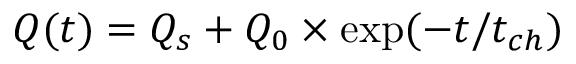
Q ( t ) = Q _ { s } + Q _ { 0 } \times \exp ( - t / t _ { c h } )